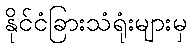
နိုင်ငံခြားသံရုံးများမှ